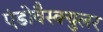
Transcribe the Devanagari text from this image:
एंडोवैस्क्युलर